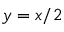
y = x / 2